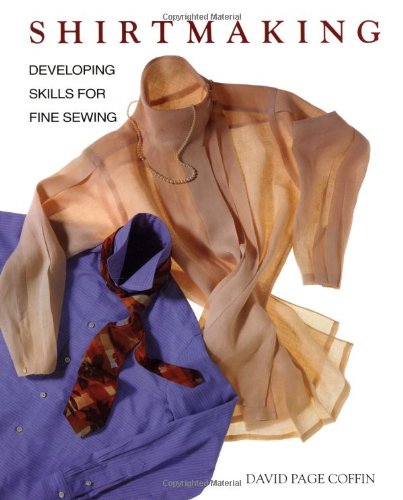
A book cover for Shirtmaking: Developing Skills For Fine Sewing; David Coffin; Crafts, Hobbies & Home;